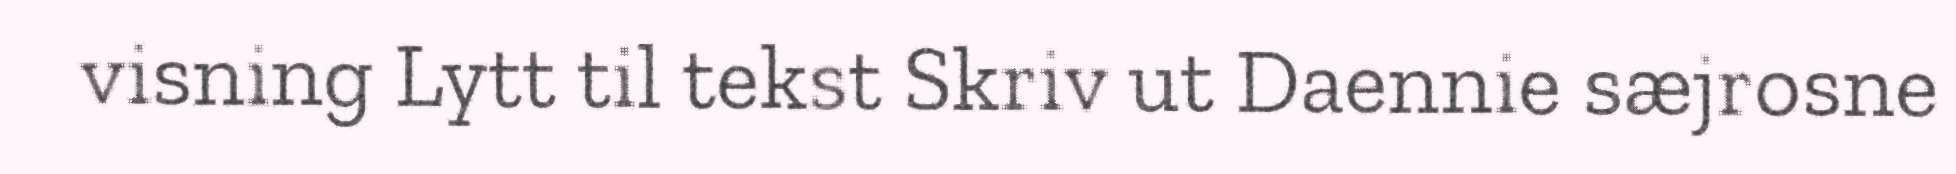
visning Lytt til tekst Skriv ut Daennie sæjrosne